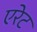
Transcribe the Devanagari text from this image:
एरेट